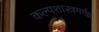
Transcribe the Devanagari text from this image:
कल्पशास्त्रमर्मज्ञ